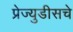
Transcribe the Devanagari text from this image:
प्रेज्युडीसचे